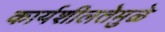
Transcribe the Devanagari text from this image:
कार्यशीलतेमुळे